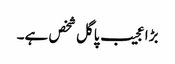
بڑا عجیب پاگل شخص ہے۔